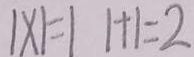
1 \times 1 = 1 1 + 1 = 2